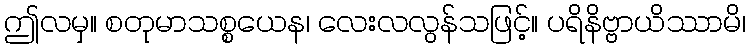
ဤလမှ။ စတုမာသစ္စယေန၊ လေးလလွန်သဖြင့်။ ပရိနိဗ္ဗာယိဿာမိ၊